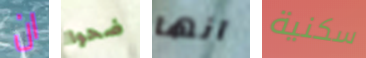
ان ضحوا انها سكنية